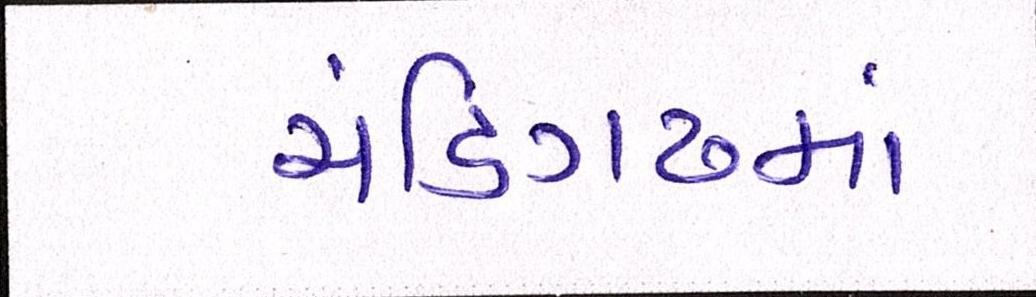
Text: ચંડિગઢમાં